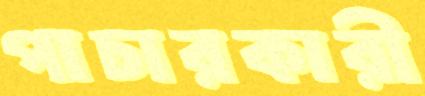
পাচারকারী